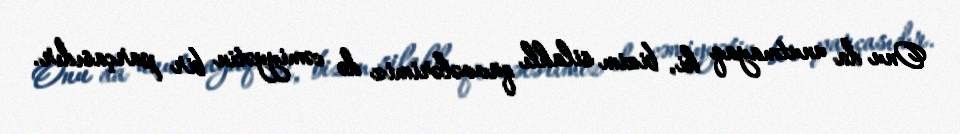
Onu da unutmayaq ki, bizim silahlı qüvvələrimiz də cəmiyyətin bir parçasıdır.